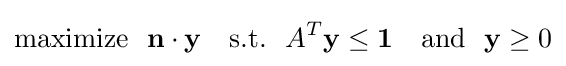
{\text{maximize}}~~\mathbf {n} \cdot \mathbf {y} ~~~{\text{s.t.}}~~A^{T}\mathbf {y} \leq \mathbf {1} ~~~{\text{and}}~~\mathbf {y} \geq 0